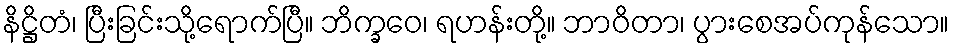
နိဋ္ဌိတံ၊ ပြီးခြင်းသို့ရောက်ပြီ။ ဘိက္ခဝေ၊ ရဟန်းတို့။ ဘာဝိတာ၊ ပွားစေအပ်ကုန်သော။